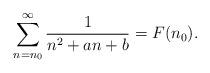
LaTeX: \begin{align*}\sum_{n=n_0}^{\infty}\frac{1}{n^2+an+b}=F(n_0).\end{align*}